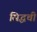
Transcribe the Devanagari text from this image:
सिद्धची